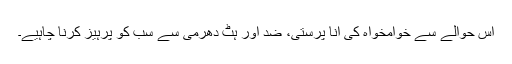
اس حوالے سے خوامخواہ کی انا پرستی، ضد اور ہٹ دھرمی سے سب کو پرہیز کرنا چاہیے۔